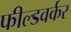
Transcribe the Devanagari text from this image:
फील्डवर्कर